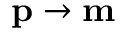
\mathbf p \to \mathbf m